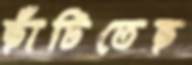
ছাঁটিতেছ